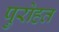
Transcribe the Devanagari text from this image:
पुरोहत